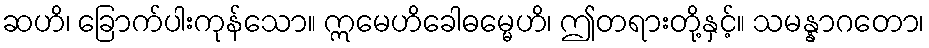
ဆဟိ၊ ခြောက်ပါးကုန်သော။ ဣမေဟိခေါဓမ္မေဟိ၊ ဤတရားတို့နှင့်။ သမန္နာဂတော၊